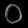
Digit: ၀